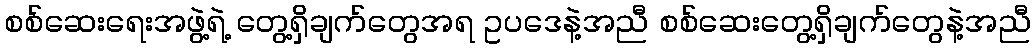
စစ်ဆေးရေးအဖွဲ့ရဲ့ တွေ့ရှိချက်တွေအရ ဥပဒေနဲ့အညီ စစ်ဆေးတွေ့ရှိချက်တွေနဲ့အညီ